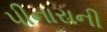
પીનારાની